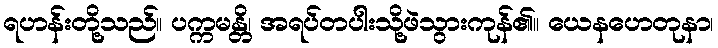
ရဟန်းတို့သည်။ ပက္ကမန္တိ၊ အရပ်တပါးသို့ဖဲသွားကုန်၏။ ယေနဟေတုနာ၊